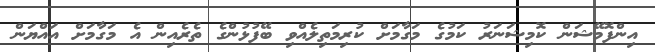
އިންފޮމޭޝަން ކޮމިޝަނަރު ކަމުގެ މަގާމަށް ކުރިމަތިލެއްވި ބޭފުޅުންގެ ތެރެއިން އެ މަގާމަށް އައްޔަން